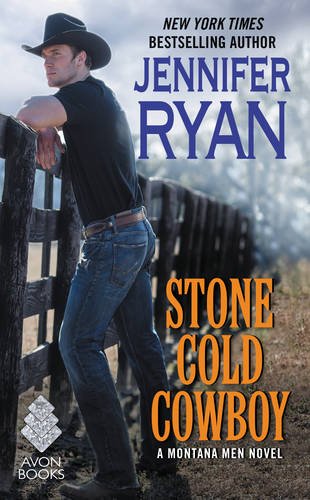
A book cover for Stone Cold Cowboy: A Montana Men Novel; Jennifer Ryan; Romance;